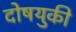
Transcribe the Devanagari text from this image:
दोषयुकी